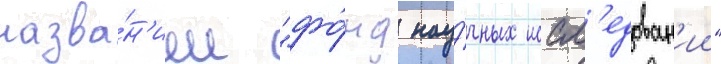
назва́н'ием "фо́нд нау́чных иссл'едован'ии"